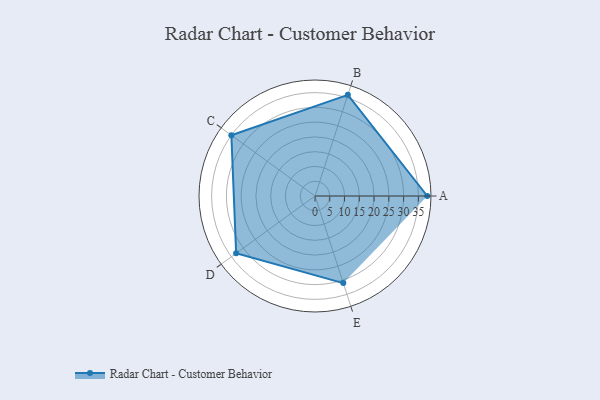
{"axis": {"x": "Skill", "y": "Score"}, "legend": ["Profile"], "data": [{"x": "A", "y": 38.0, "type": "Profile"}, {"x": "B", "y": 36.0, "type": "Profile"}, {"x": "C", "y": 35.0, "type": "Profile"}, {"x": "D", "y": 33.0, "type": "Profile"}, {"x": "E", "y": 31.0, "type": "Profile"}]}